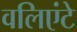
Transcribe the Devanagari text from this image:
वलिएंटे